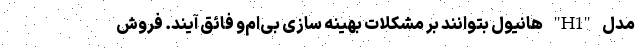
مدل "H1" هانیول بتوانند بر مشکلات بهینه سازی بی‌ام‌و فائق آیند. فروش